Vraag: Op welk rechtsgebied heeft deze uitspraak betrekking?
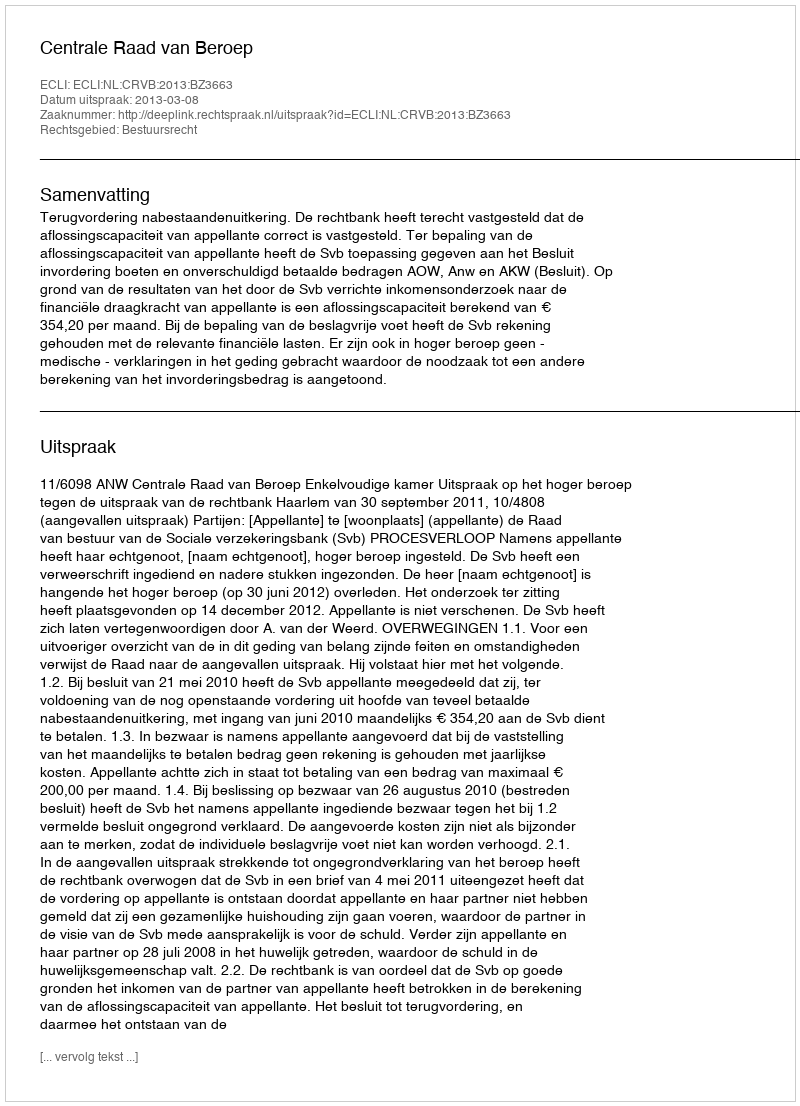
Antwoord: Bestuursrecht